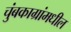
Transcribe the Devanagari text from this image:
चुंबकाग्रांमधील